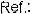
REF: